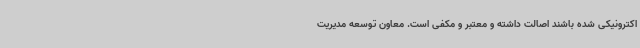
اکترونیکی شده باشند اصالت داشته و معتبر و مکفی است. معاون توسعه مدیریت